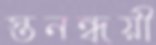
স্তনন্ধয়ী